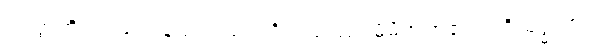
ပဝတ္တတိ၊ လည်သနည်း။ သကဝိသယဿ၊ မိမိအရာ၏။ ပရိသုဒ္ဓတ္တာ၊